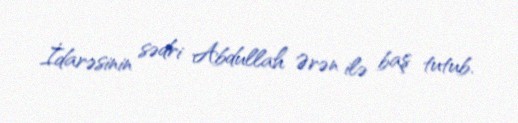
İdarəsinin sədri Abdullah Ərən ilə baş tutub.